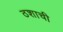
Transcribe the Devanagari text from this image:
ठशाची